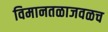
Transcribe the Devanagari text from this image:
विमानतळाजवळच